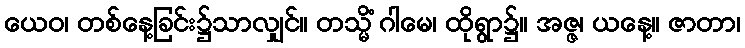
ယေဝ၊ တစ်နေ့ခြင်း၌သာလျှင်။ တသ္မိံ ဂါမေ၊ ထိုရွာ၌။ အဇ္ဇ၊ ယနေ့။ ဇာတာ၊